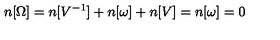
n [ \Omega ] = n [ V ^ { - 1 } ] + n [ \omega ] + n [ V ] = n [ \omega ] = 0